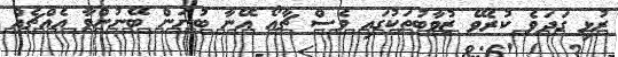
ރުޅި ގަދަވެ ކުރެވޭ ޒުވާބުތަކުގައި ވެސް ޗާއޯ އޭނާ ބުނަން ބޭނުންވާ އެއްޗެއް